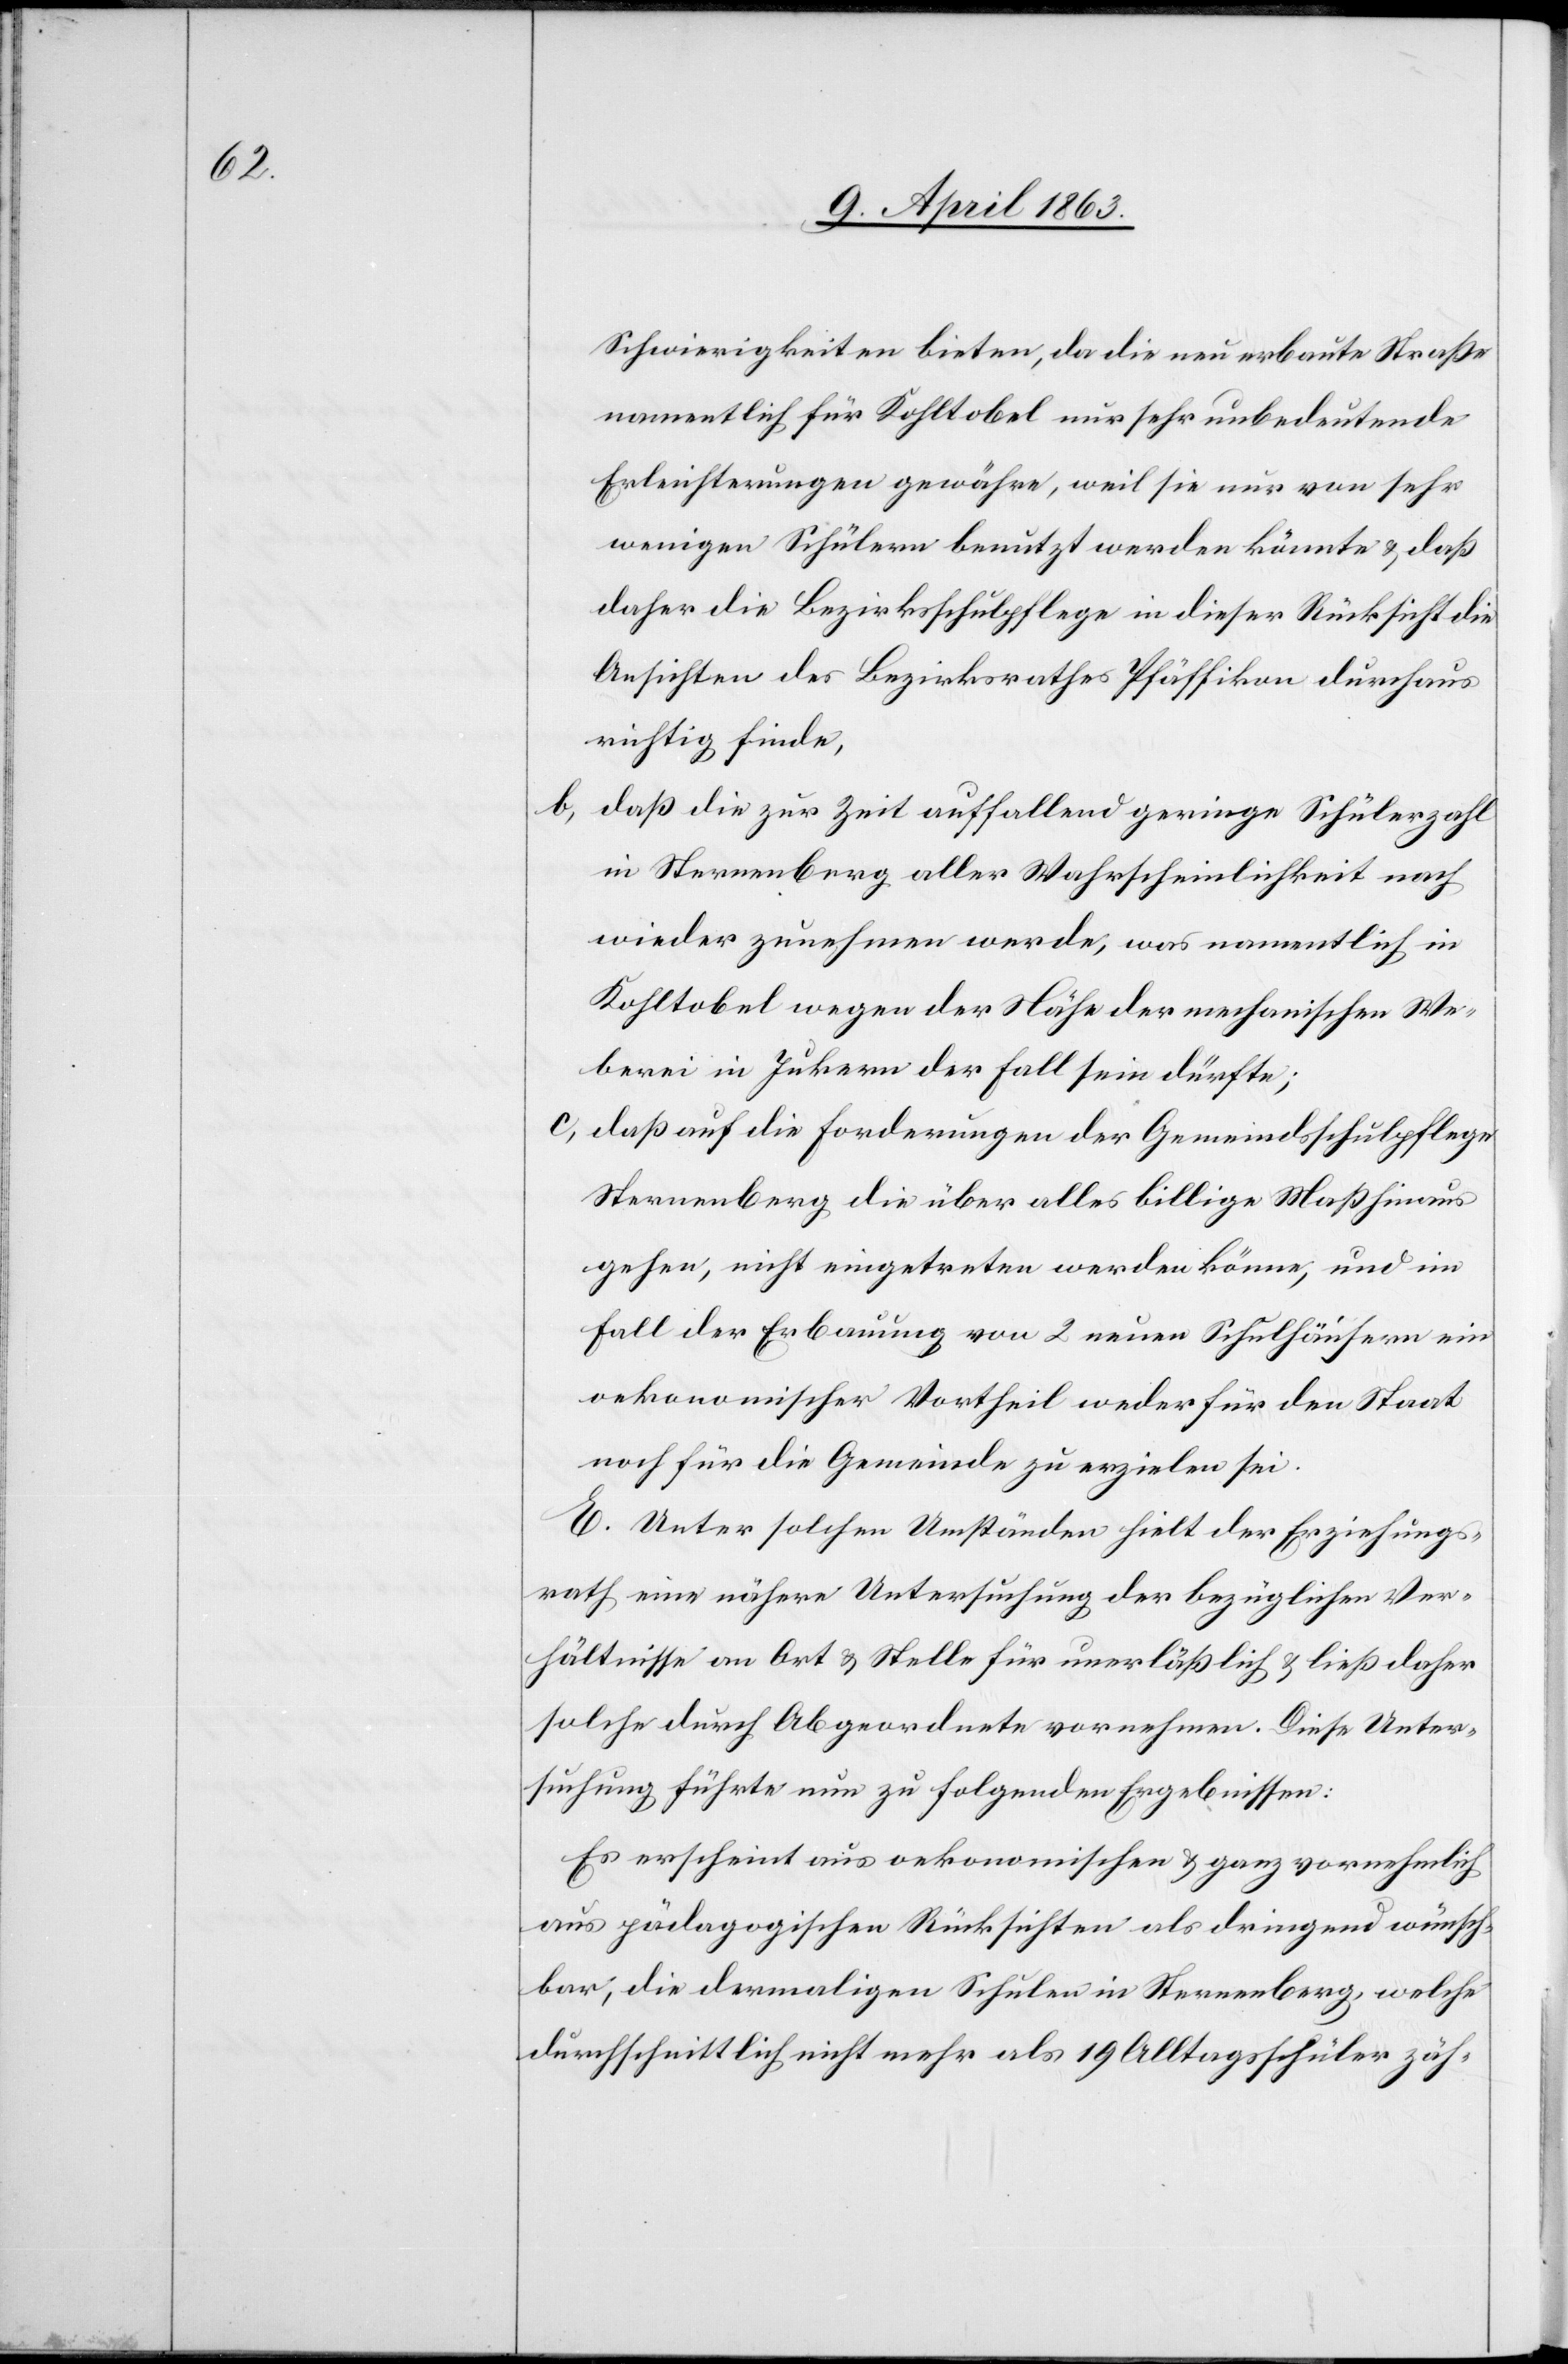
Schwierigkeiten bieten, da die neu erbaute Straße
namentlich für Kohltobel nur sehr unbedeutende
Erleichterungen gewähre, weil sie nur von sehr
wenigen Schülern benutzt werden könnte & daß
daher die Bezirksschulpflege in dieser Rücksicht die
Ansichten des Bezirksrathes Pfäffikon durchaus
richtig finde,
b) daß die zur Zeit auffallend geringe Schülerzahl
in Sternenberg aller Wahrscheinlichkeit nach
wieder zunehmen werde, was namentlich im
Kohltobel wegen der Nähe der mechanischen We¬
berei in Jukern [sic!] der Fall sein dürfte;
c) daß auf die Forderungen der Gemeindsschulpflege
Sternenberg die über alles billige Maß hinaus
gehen, nicht eingetreten werden könne, und im
Fall der Erbauung von 2 neuen Schulhäusern ein
oekonomischer Vortheil weder für den Staat
noch für die Gemeinde zu erzielen sei.
E. Unter solchen Umständen hielt der Erziehungs¬
rath eine nähere Untersuchung der bezüglichen Ver¬
hältnisse an Ort & Stelle für unerläßlich & ließ daher
solche durch Abgeordnete vornehmen. Diese Unter¬
suchung führte nun zu folgenden Ergebnissen:
Es erscheint aus oekonomischen & ganz vornehmlich
aus pädagogischen Rücksichten als dringend wünsch¬
bar, die dermaligen Schulen in Sternenberg, welche
durchschnittlich nicht mehr als 19 Alltagsschüler zäh-